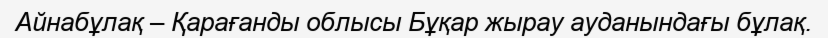
Айнабұлақ – Қарағанды облысы Бұқар жырау ауданындағы бұлақ.